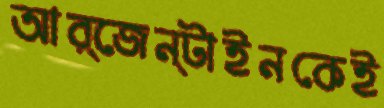
আর্জেন্টাইনকেই